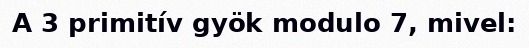
A 3 primitív gyök modulo 7, mivel: